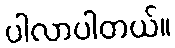
ပါလာပါတယ်။